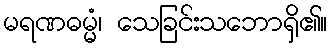
မရဏဓမ္မံ၊ သေခြင်းသဘောရှိ၏။